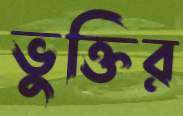
ভুক্তির